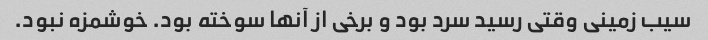
سیب زمینی وقتی رسید سرد بود و برخی از آنها سوخته بود. خوشمزه نبود.